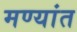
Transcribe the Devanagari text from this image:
मण्यांत